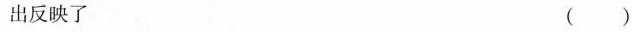
出反映了 ()